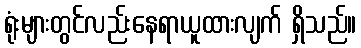
ရုံးများတွင်လည်းနေရာယူထားလျက် ရှိသည်။